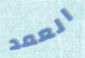
العمد